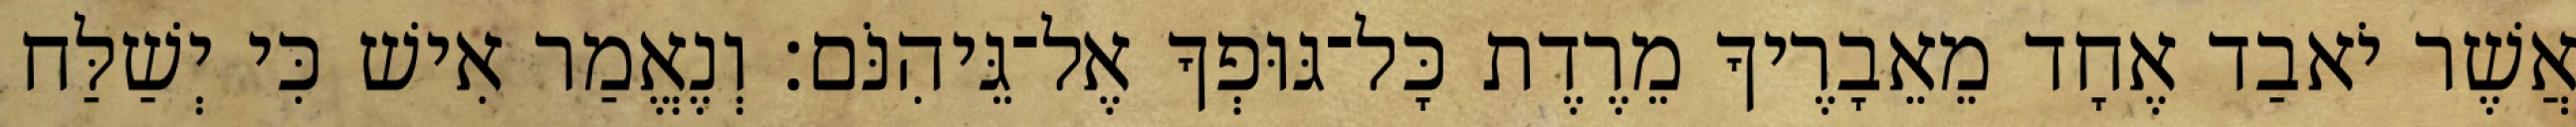
אֲשֶׁר יֹאבַד אֶחָד מֵאֵבָרֶיךָ מֵרֶדֶת כָּל־גּוּפְךָ אֶל־גֵּיהִנֹּם׃ וְנֶאֱמַר אִישׁ כִּי יְשַׁלַּח